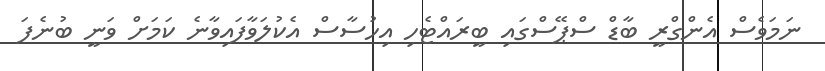
ނަމަވެސް އެންގްރީ ބާޑް ސްޕޭސްގައި ބީރައްޓެހި އިހުސާސް އެކުލަވާފައިވާނެ ކަމަށް ވަނީ ބުނެފަ